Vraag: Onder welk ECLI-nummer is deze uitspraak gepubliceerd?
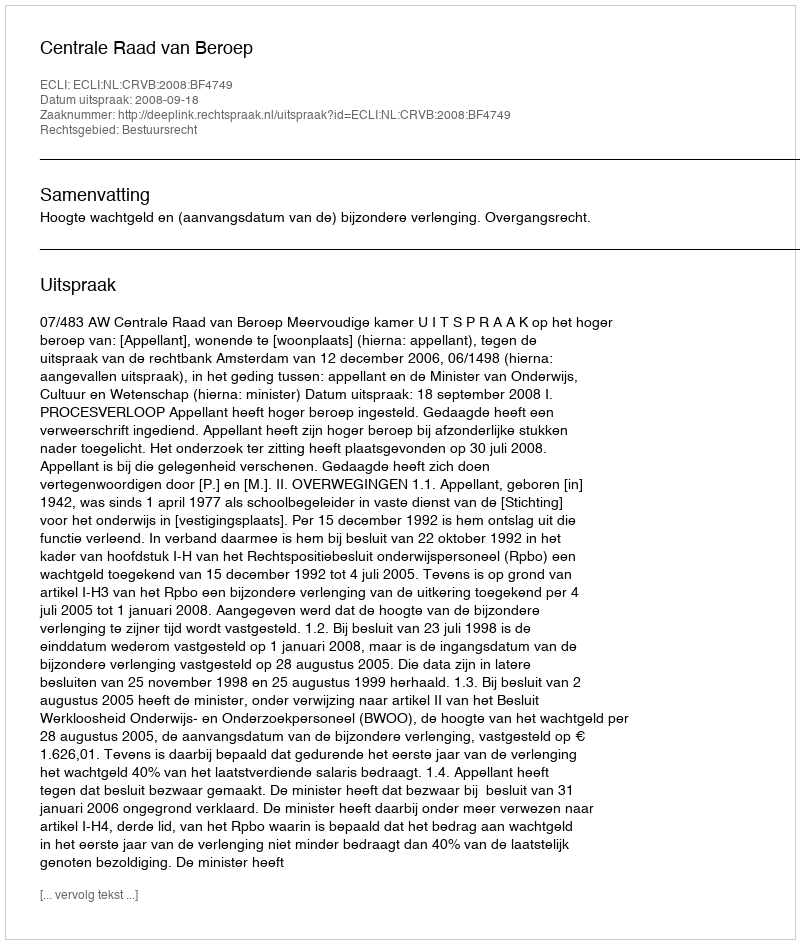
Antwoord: ECLI:NL:CRVB:2008:BF4749